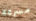
مسرعة